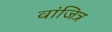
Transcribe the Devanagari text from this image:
वांजित्र